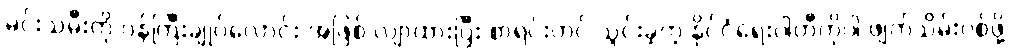
မင်းသမီးကို ဝန်ကြီးချုပ်လောင်း အဖြစ် လျာထားပြီး စာရင်းတင် သွင်းခဲ့တဲ့ နိုင်ငံရေးပါတီကိုပါ ဖျက်သိမ်းပစ်ဖို့